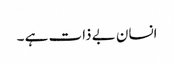
انسان بے ذات ہے ۔